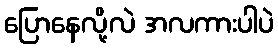
ပြောနေလို့လဲ အလကားပါပဲ